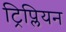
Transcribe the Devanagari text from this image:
ट्रिप्लियन